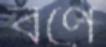
বর্ণে